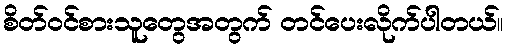
စိတ်ဝင်စားသူတွေအတွက် တင်ပေးလိုက်ပါတယ်။